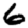
Digit: 6